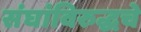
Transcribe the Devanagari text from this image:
संघांविरुद्धचे